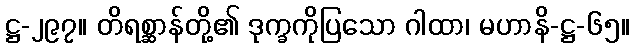
ဋ္ဌ-၂၉၇။ တိရစ္ဆာန်တို့၏ ဒုက္ခကိုပြသော ဂါထာ၊ မဟာနိ-ဋ္ဌ-၆၅။